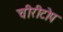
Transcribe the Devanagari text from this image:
चीरीटोप